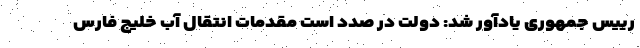
رییس جمهوری یادآور شد: دولت در صدد است مقدمات انتقال آب خلیج فارس